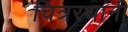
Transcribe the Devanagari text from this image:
चित्ररथांनी